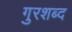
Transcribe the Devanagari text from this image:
गुरशब्द